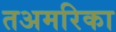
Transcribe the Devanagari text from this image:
तअमरिका